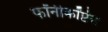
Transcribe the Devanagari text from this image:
फॉनीकॉप्टेरा